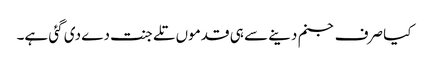
کیا صرف جنم دینے سے ہی قدموں تلے جنت دے دی گئی ہے۔